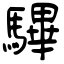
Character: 驆